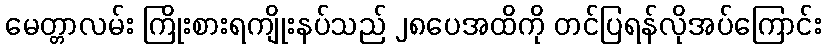
မေတ္တာလမ်း ကြိုးစားရကျိုးနပ်သည် ၂၈ပေအထိကို တင်ပြရန်လိုအပ်ကြောင်း